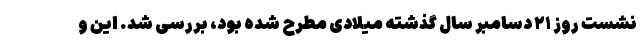
نشست روز ۲۱ دسامبر سال گذشته میلادی مطرح شده بود، بررسی شد. این و